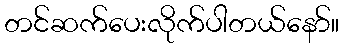
တင်ဆက်ပေးလိုက်ပါတယ်နော်။